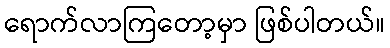
ရောက်လာကြတော့မှာ ဖြစ်ပါတယ်။